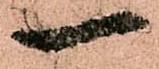
一